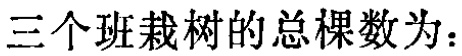
三个班栽树的总棵数为：